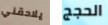
يلاحقني الحجج